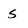
Character: s